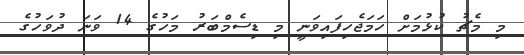
މި މެޗު ކުޅުމަށް ހަމަޖެހިފައިވަނީ މި ޑިސެމްބަރު މަހުގެ 14 ވަނަ ދުވަހުގެ